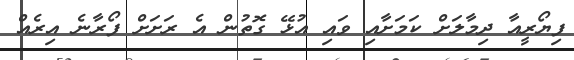
ފިޔޯރީއާ ދިމާލަށް ކަމަށާއި ވައި އުޅޭ ގޮތުން އެ ރަށަށް ފޯރާނެ އިރެއް